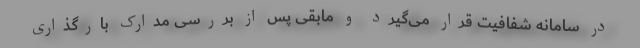
در سامانه شفافیت قرار می‌گیرد و مابقی پس از بررسی مدارک بارگذاری